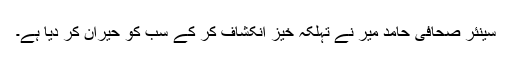
سینئر صحافی حامد میر نے تہلکہ خیز انکشاف کر کے سب کو حیران کر دیا ہے۔